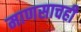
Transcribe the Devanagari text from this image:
माणसाचही